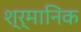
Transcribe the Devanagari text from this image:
श्र्मानिक